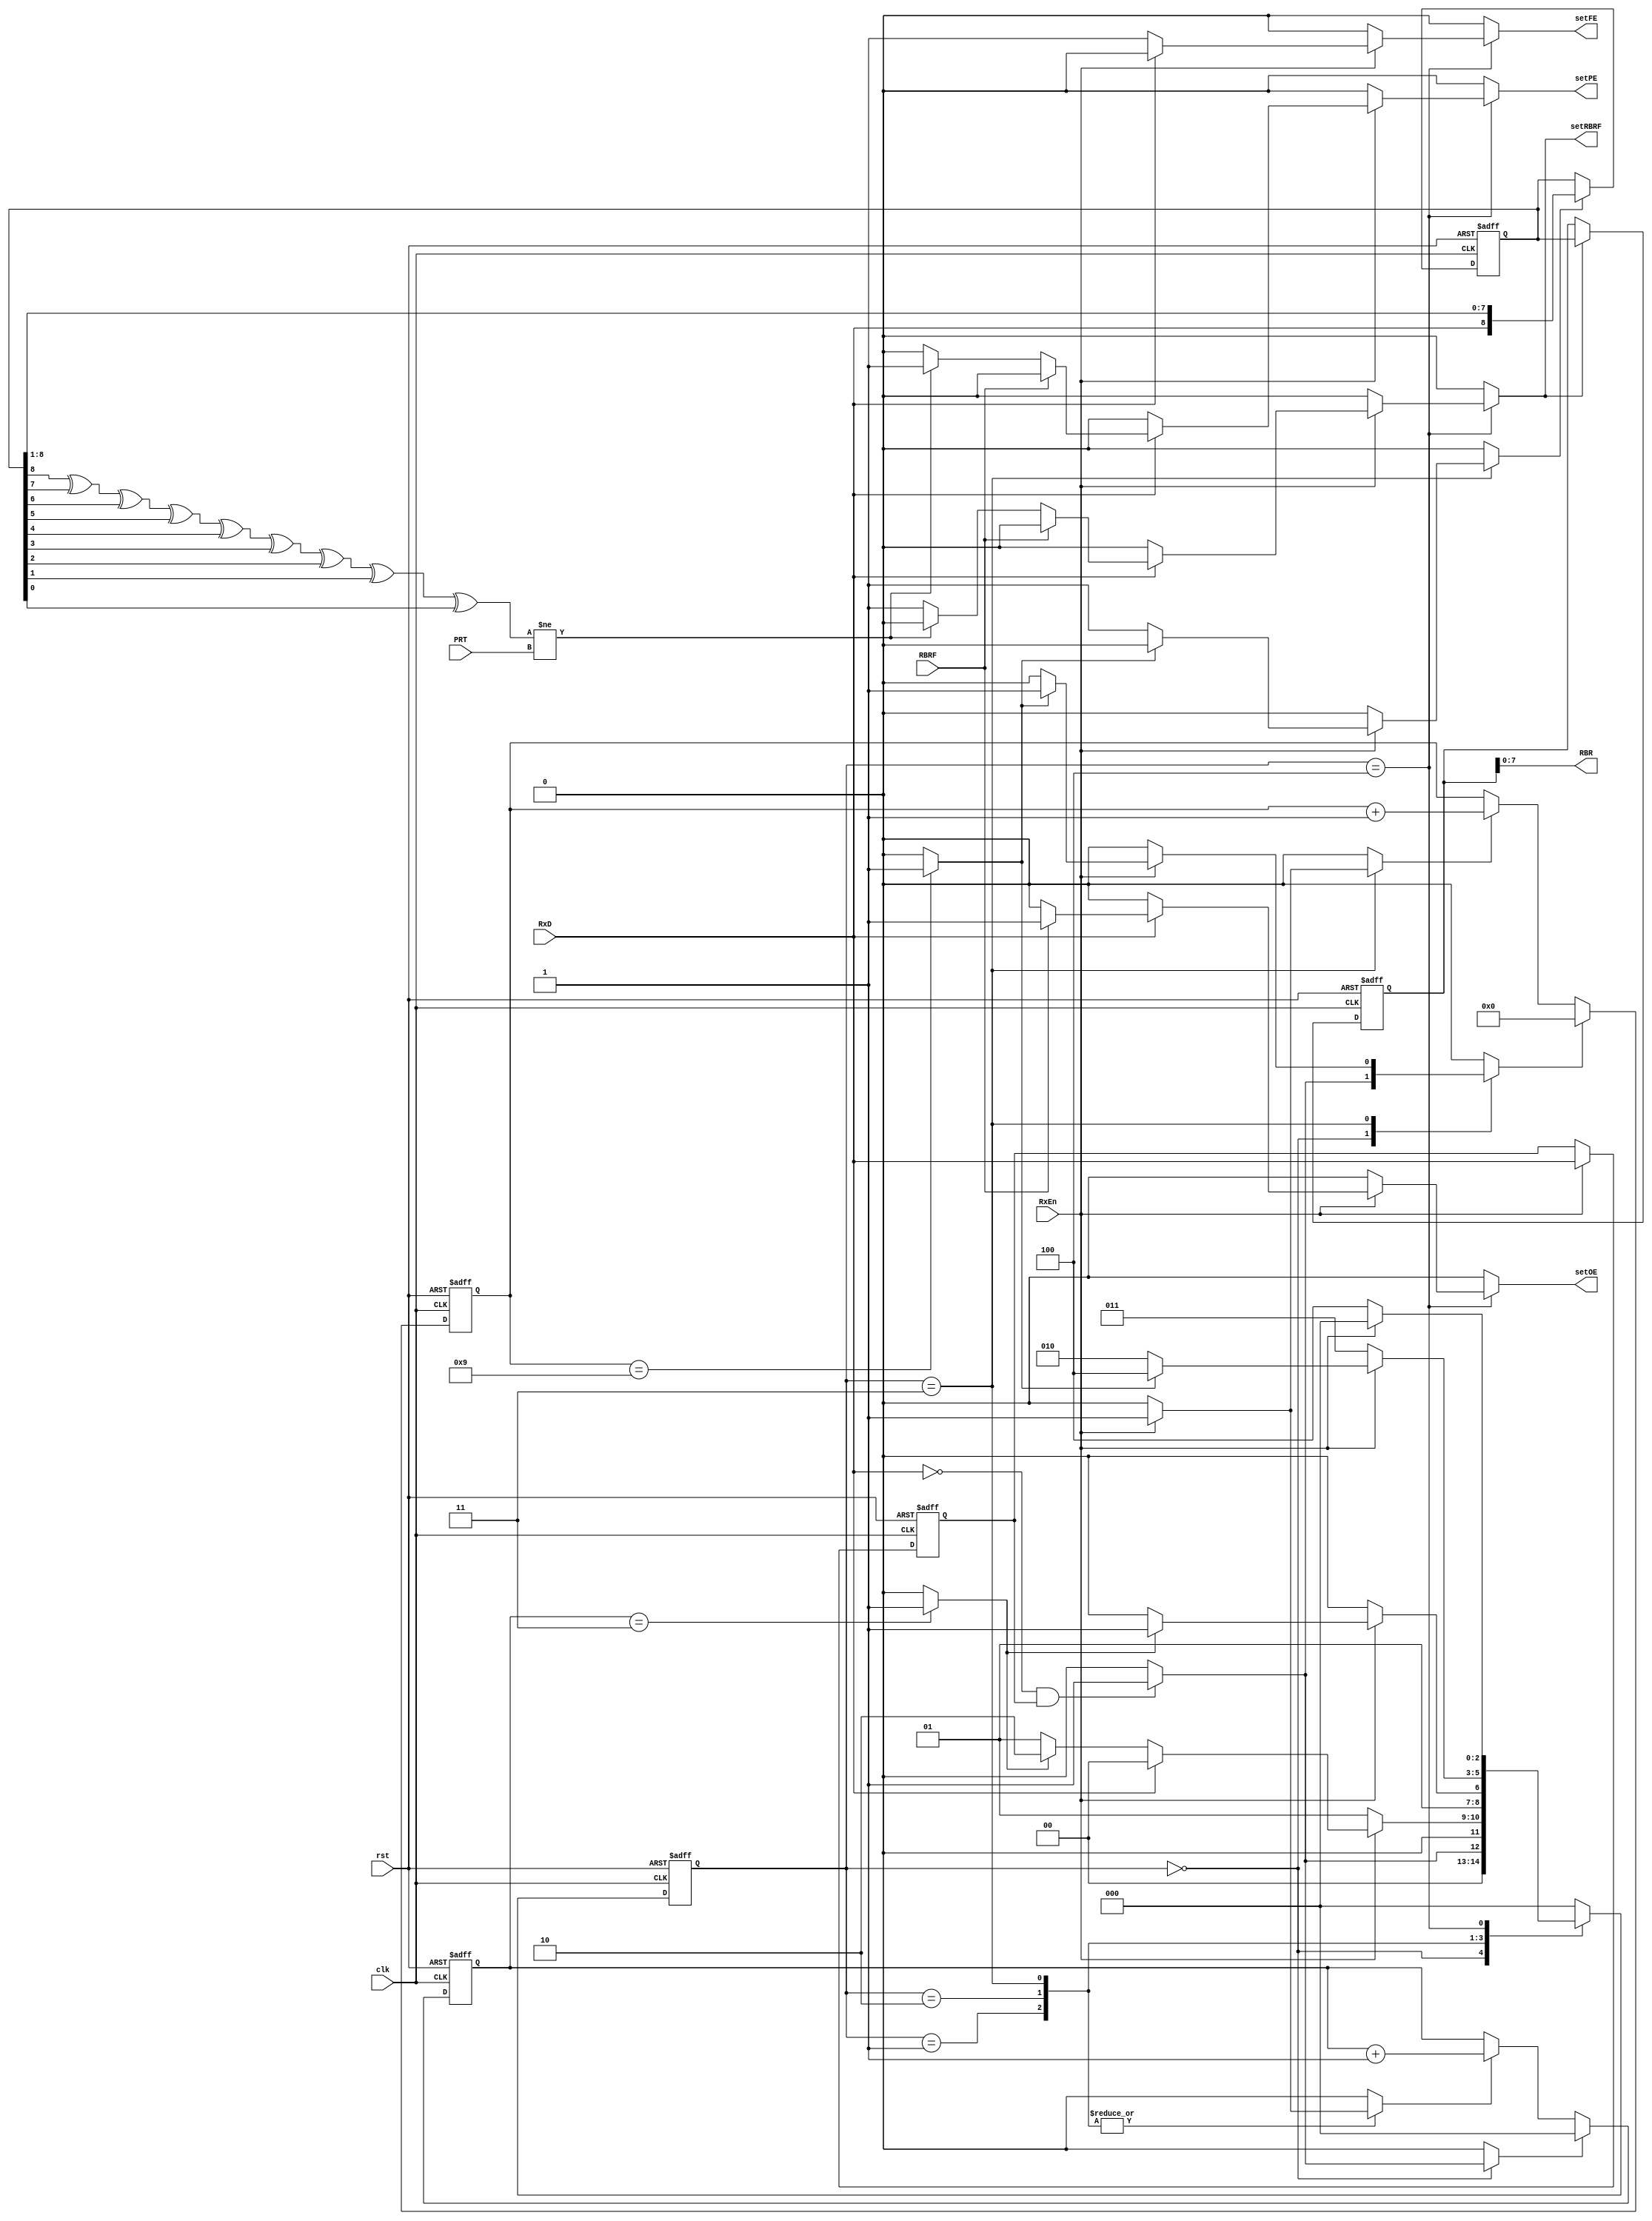
`timescale 1ns / 1ps
//`default_nettype none

module receiver(
    input clk,
    input rst,
    input RxEn,
    input RxD,
    input RBRF,
    input PRT,
    output [7:0] RBR,
    output reg setRBRF,
    output reg setOE,
    output reg setFE,
    output reg setPE
    );

reg [8:0] RBReg; // recieve buffer
reg [8:0] RSR; // receive shift register
reg [3:0] BitCnt;
reg [2:0] SampleCnt;

reg [2:0] curr_st, nx_st;
localparam IDLE = 3'b000, START_DETECT = 3'b001, SKIP_INT = 3'b010, GET_BIT = 3'b011, STOP_BIT = 3'b100;

reg clr_SampleCnt, inc_SampleCnt, clr_BitCnt, inc_BitCnt;
wire Sample_6, Sample_3, BitCnt_9;
wire detect_falling_edge;
reg shift_RSR, ld_RBR, RxD_delayed;
wire parity;

assign RBR = RBReg[7:0]; // RBReg[8] is parity bit
assign parity = RSR[8] ^ RSR[7] ^ RSR[6] ^ RSR[5] ^ RSR[4] ^ RSR[3] ^ RSR[2] ^ RSR[1] ^ RSR[0];

always @(posedge clk, posedge rst)
	if (rst == 'b1)
		RxD_delayed <= 'b0;
	else if (RxEn == 'b1)
		RxD_delayed <= RxD;

assign detect_falling_edge = (!RxD) & RxD_delayed; // start bit check

always @(posedge clk, posedge rst)
	if (rst == 'b1)
		curr_st <= IDLE;
	else 
		curr_st <= nx_st;

always @(RxD, RxEn, Sample_6, Sample_3, BitCnt_9, curr_st, RBRF, detect_falling_edge, parity, PRT )
	begin
	clr_SampleCnt = 'b0;
    inc_SampleCnt = 'b0;
    clr_BitCnt = 'b0;
    inc_BitCnt = 'b0;
    ld_RBR = 'b0;
    shift_RSR = 'b0;
    setFE = 'b0;
    setOE = 'b0;
    setRBRF = 'b0;
    setPE = 'b0;
	case (curr_st)
		IDLE : 
			begin
			nx_st = IDLE;
			if (detect_falling_edge == 'b1)
				begin
				nx_st = START_DETECT;
				clr_SampleCnt = 'b1;
				clr_BitCnt = 'b1;
				end
			end
		START_DETECT :
			begin
			nx_st = START_DETECT;
			if (RxEn == 'b1)
				begin
				inc_SampleCnt = 'b1;
				if (RxD == 'b1) // NOISE
					nx_st = IDLE;
				else if (Sample_3 == 'b1)
					nx_st = SKIP_INT;
				end
			end
		SKIP_INT :
			begin
			nx_st = SKIP_INT;
			if (RxEn == 'b1)
				begin
				inc_SampleCnt = 'b1;
				if (Sample_3 == 'b1)
					nx_st = GET_BIT;
				end
			end
		GET_BIT :
			begin
			nx_st = GET_BIT;
			if (RxEn == 'b1)
				begin
				inc_BitCnt = 'b1;
				inc_SampleCnt = 'b1;
				if (BitCnt_9 == 'b1)
					begin
					nx_st = STOP_BIT;
					clr_BitCnt = 'b1;
					end
				else
					begin
					shift_RSR = 'b1;
					nx_st = SKIP_INT;
					end
				end
			end
		STOP_BIT :
			begin
			nx_st = STOP_BIT;
			if (RxEn == 'b1)
				begin
				nx_st = IDLE;
				if (RxD == 'b0)
					setFE = 'b1;
				else if  (RBRF == 'b1)
					setOE = 'b1;
				else if (parity != PRT)
					setPE = 'b1;
				else
					begin
					ld_RBR = 'b1;
					setRBRF = 'b1;
					end
				end
			end
		default : nx_st = IDLE;
	endcase
	end

always @(posedge clk, posedge rst)
	if (rst == 'b1)
		begin
		BitCnt <= 'b0;
		SampleCnt <= 'b0;
		end
	else
		begin
		if (clr_BitCnt == 'b1)
			BitCnt <= 'b0;
		else if (inc_BitCnt == 'b1)
			BitCnt <= BitCnt + 1;
			
		if (clr_SampleCnt == 'b1)
			SampleCnt <= 'b0;
		else if (inc_SampleCnt == 'b1)
			SampleCnt <= SampleCnt + 1;
		end
	
assign Sample_3 = (SampleCnt == 'd3)? 'b1 : 'b0;
assign Sample_6 = (SampleCnt == 'd6)? 'b1 : 'b0;
assign BitCnt_9 = (BitCnt == 'd9)? 'b1 : 'b0;

always @(posedge clk, posedge rst)
	if (rst == 'b1)
		begin
		RSR <= 'b0;
		RBReg <= 'b0;
		end
	else
		begin
		if (ld_RBR == 'b1)
			RBReg <= RSR;
		
		if (shift_RSR == 'b1)
			RSR <= {RxD, RSR[8:1]};
		end
		
endmodule